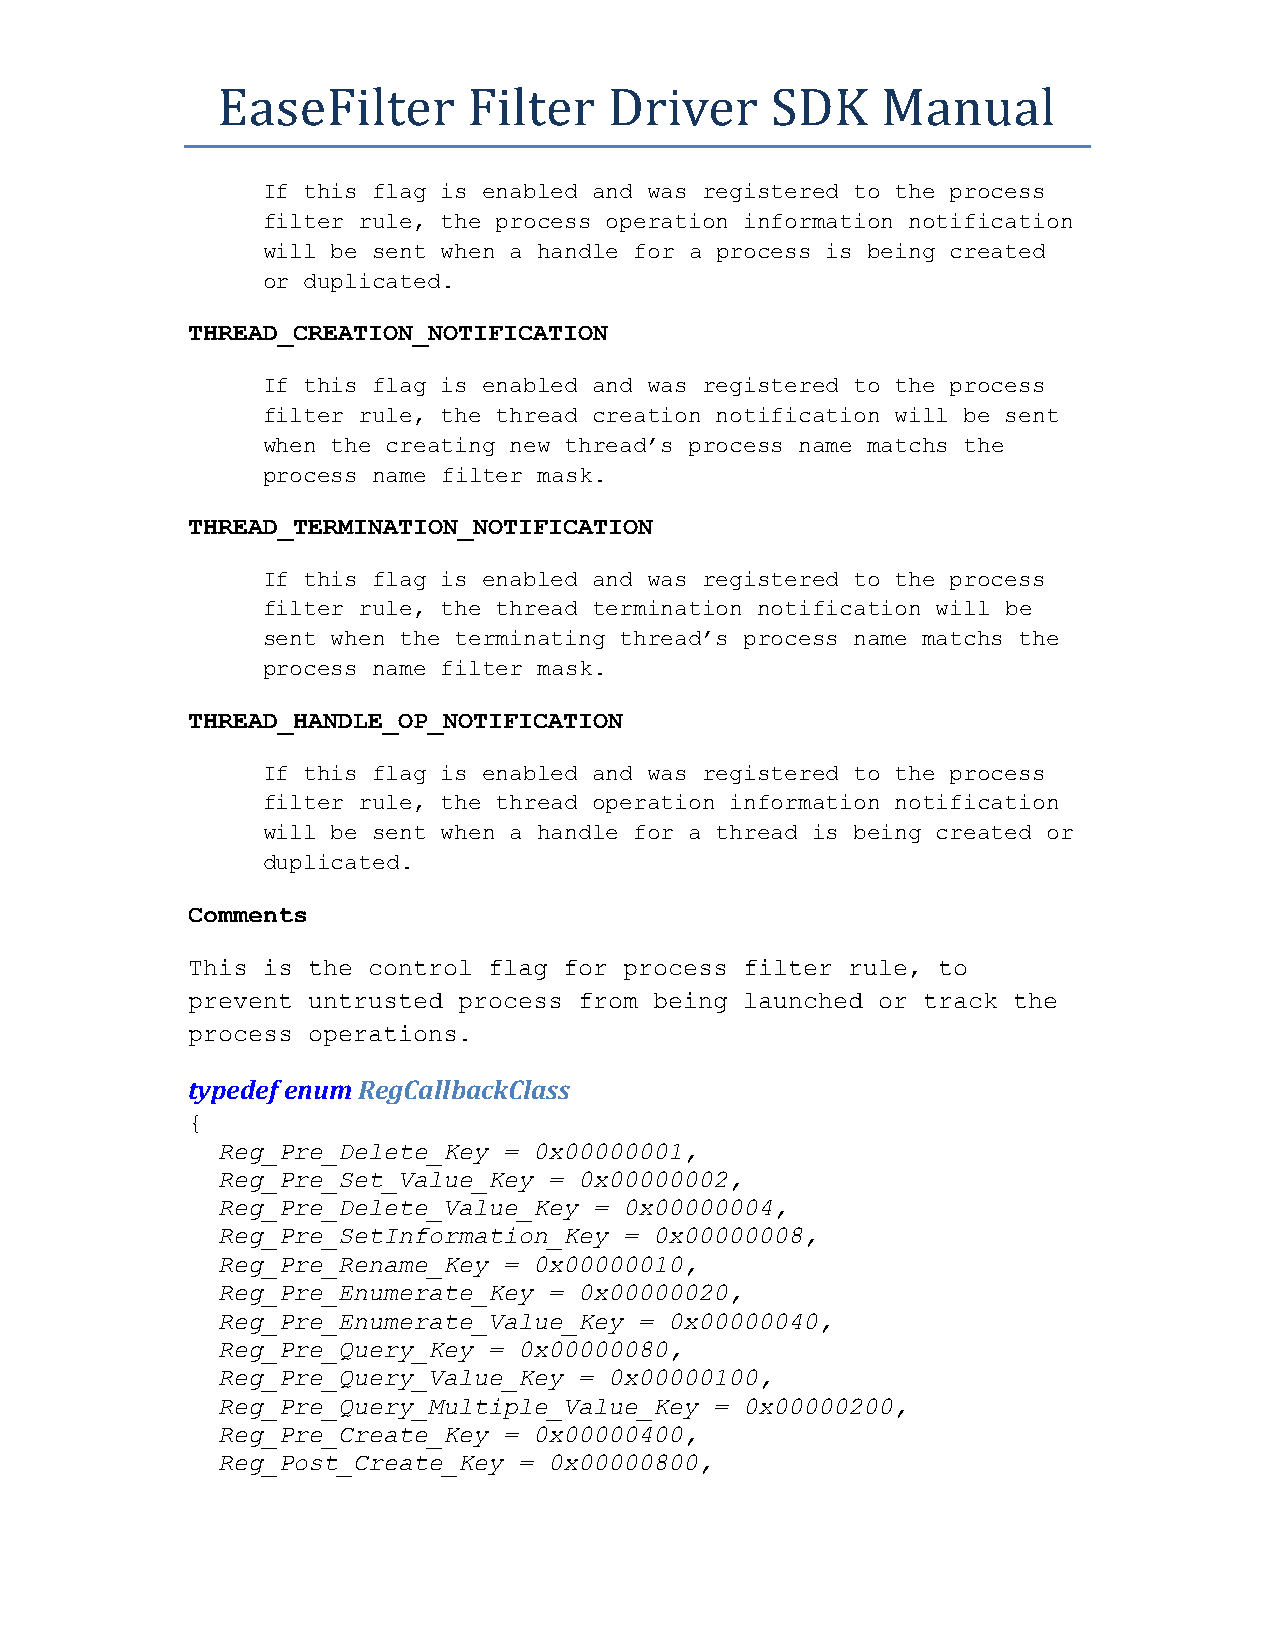
EaseFilter       Filter   Driver     SDK    Manual
 If this flag is enabled and was registered to the process
 filter rule, the process operation information notification
 will be sent when a handle for a process is being created
 or duplicated.
 THREAD_CREATION_NOTIFICATION
 If this flag is enabled and was registered to the process
 filter rule, the thread creation notification will be sent
 when the creating new thread’s process name matchs the
 process name filter mask.
 THREAD_TERMINATION_NOTIFICATION
 If this flag is enabled and was registered to the process
 filter rule, the thread termination notification will be
 sent when the terminating thread’s process name matchs the
 process name filter mask.
 THREAD_HANDLE_OP_NOTIFICATION
 If this flag is enabled and was registered to the process
 filter rule, the thread operation information notification
 will be sent when a handle for a thread is being created or
 duplicated.
 Comments
 This is the control flag for process filter rule, to
 prevent untrusted process from being launched or track the
 process operations.
 typedef enum RegCallbackClass
 {
 Reg_Pre_Delete_Key = 0x00000001,
 Reg_Pre_Set_Value_Key = 0x00000002,
 Reg_Pre_Delete_Value_Key = 0x00000004,
 Reg_Pre_SetInformation_Key = 0x00000008,
 Reg_Pre_Rename_Key = 0x00000010,
 Reg_Pre_Enumerate_Key = 0x00000020,
 Reg_Pre_Enumerate_Value_Key = 0x00000040,
 Reg_Pre_Query_Key = 0x00000080,
 Reg_Pre_Query_Value_Key = 0x00000100,
 Reg_Pre_Query_Multiple_Value_Key = 0x00000200,
 Reg_Pre_Create_Key = 0x00000400,
 Reg_Post_Create_Key = 0x00000800,